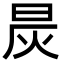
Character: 𬀯